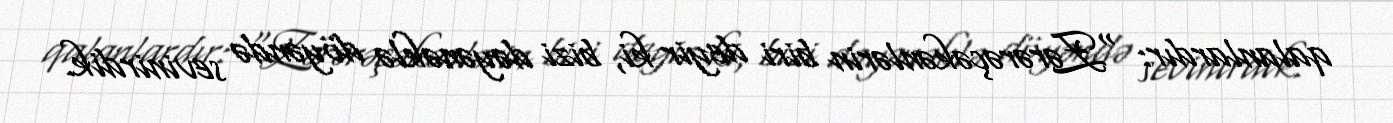
qalanlardır: “Zərərəçəkənlərin biri deyir ki, bizi dəyənəklə döyəndə sevinirdik.